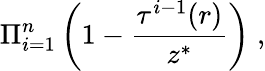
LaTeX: \Pi_{i=1}^{n}\left(1-\frac{\tau^{i-1}(r)}{z^{*}}\right)\; ,